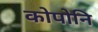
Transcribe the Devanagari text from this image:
कोपोनि